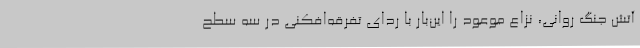
آتش جنگ روانی، نزاع موعود را این‌بار با ردای تفرقه‌افکنی در سه سطح